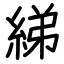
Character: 綈